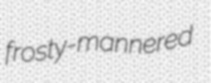
frosty-mannered